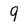
Character: 9